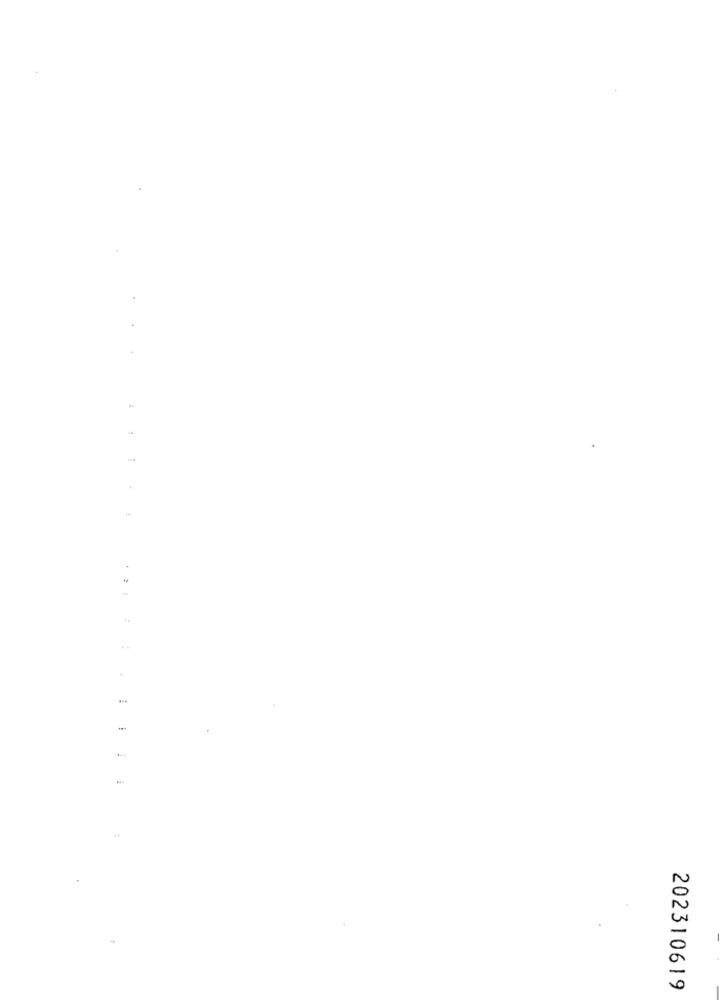
....
-
202310619